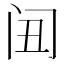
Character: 𲈸